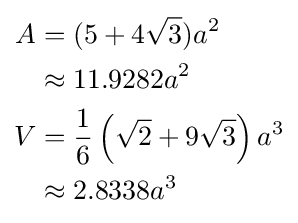
{\begin{aligned}A&=(5+4{\sqrt {3}})a^{2}\\&\approx 11.9282a^{2}\\V&={\frac {1}{6}}\left({\sqrt {2}}+9{\sqrt {3}}\right)a^{3}\\&\approx 2.8338a^{3}\end{aligned}}